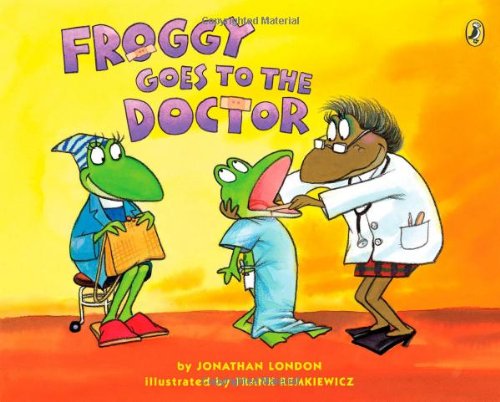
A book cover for Froggy Goes to the Doctor; Jonathan London; Children's Books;